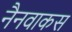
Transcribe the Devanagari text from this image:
नैनवाकस